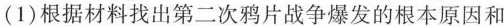
(1)根据材料找出第二次鸦片战争爆发的根本原因和